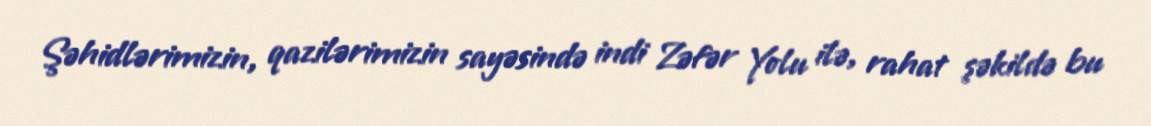
Şəhidlərimizin, qazilərimizin sayəsində indi Zəfər Yolu ilə, rahat şəkildə bu